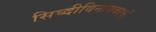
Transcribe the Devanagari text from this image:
सिघ्दीविनायकाची